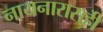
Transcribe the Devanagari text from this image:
नायनारासही